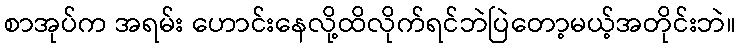
စာအုပ်က အရမ်း ဟောင်းနေလို့ထိလိုက်ရင်ဘဲပြဲတော့မယ့်အတိုင်းဘဲ။